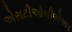
એસટીઓબીએઆર